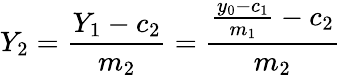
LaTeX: Y_{2}=\frac{Y_{1}-c_{2}}{m_{2}}=\frac{\frac{y_{0}-c_{1}}{m_{1}}-c_{2}}{m_{2}}